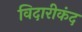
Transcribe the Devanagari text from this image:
विदारीकंद